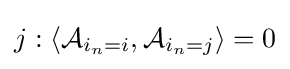
j:\left\langle {\mathcal {A}}_{i_{n}=i},{\mathcal {A}}_{i_{n}=j}\right\rangle =0